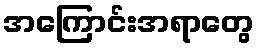
အကြောင်းအရာတွေ